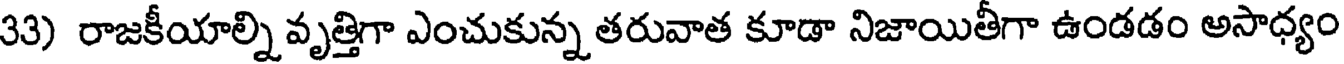
33) రాజకీయాల్ని వృత్తిగా ఎంచుకున్న తరువాత కూడా నిజాయితీగా ఉండడం అసాధ్యం